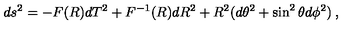
d s ^ { 2 } = - F ( R ) d T ^ { 2 } + F ^ { - 1 } ( R ) d R ^ { 2 } + R ^ { 2 } ( d \theta ^ { 2 } + \sin ^ { 2 } \theta d \phi ^ { 2 } ) \: ,